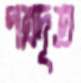
পত্রদূত